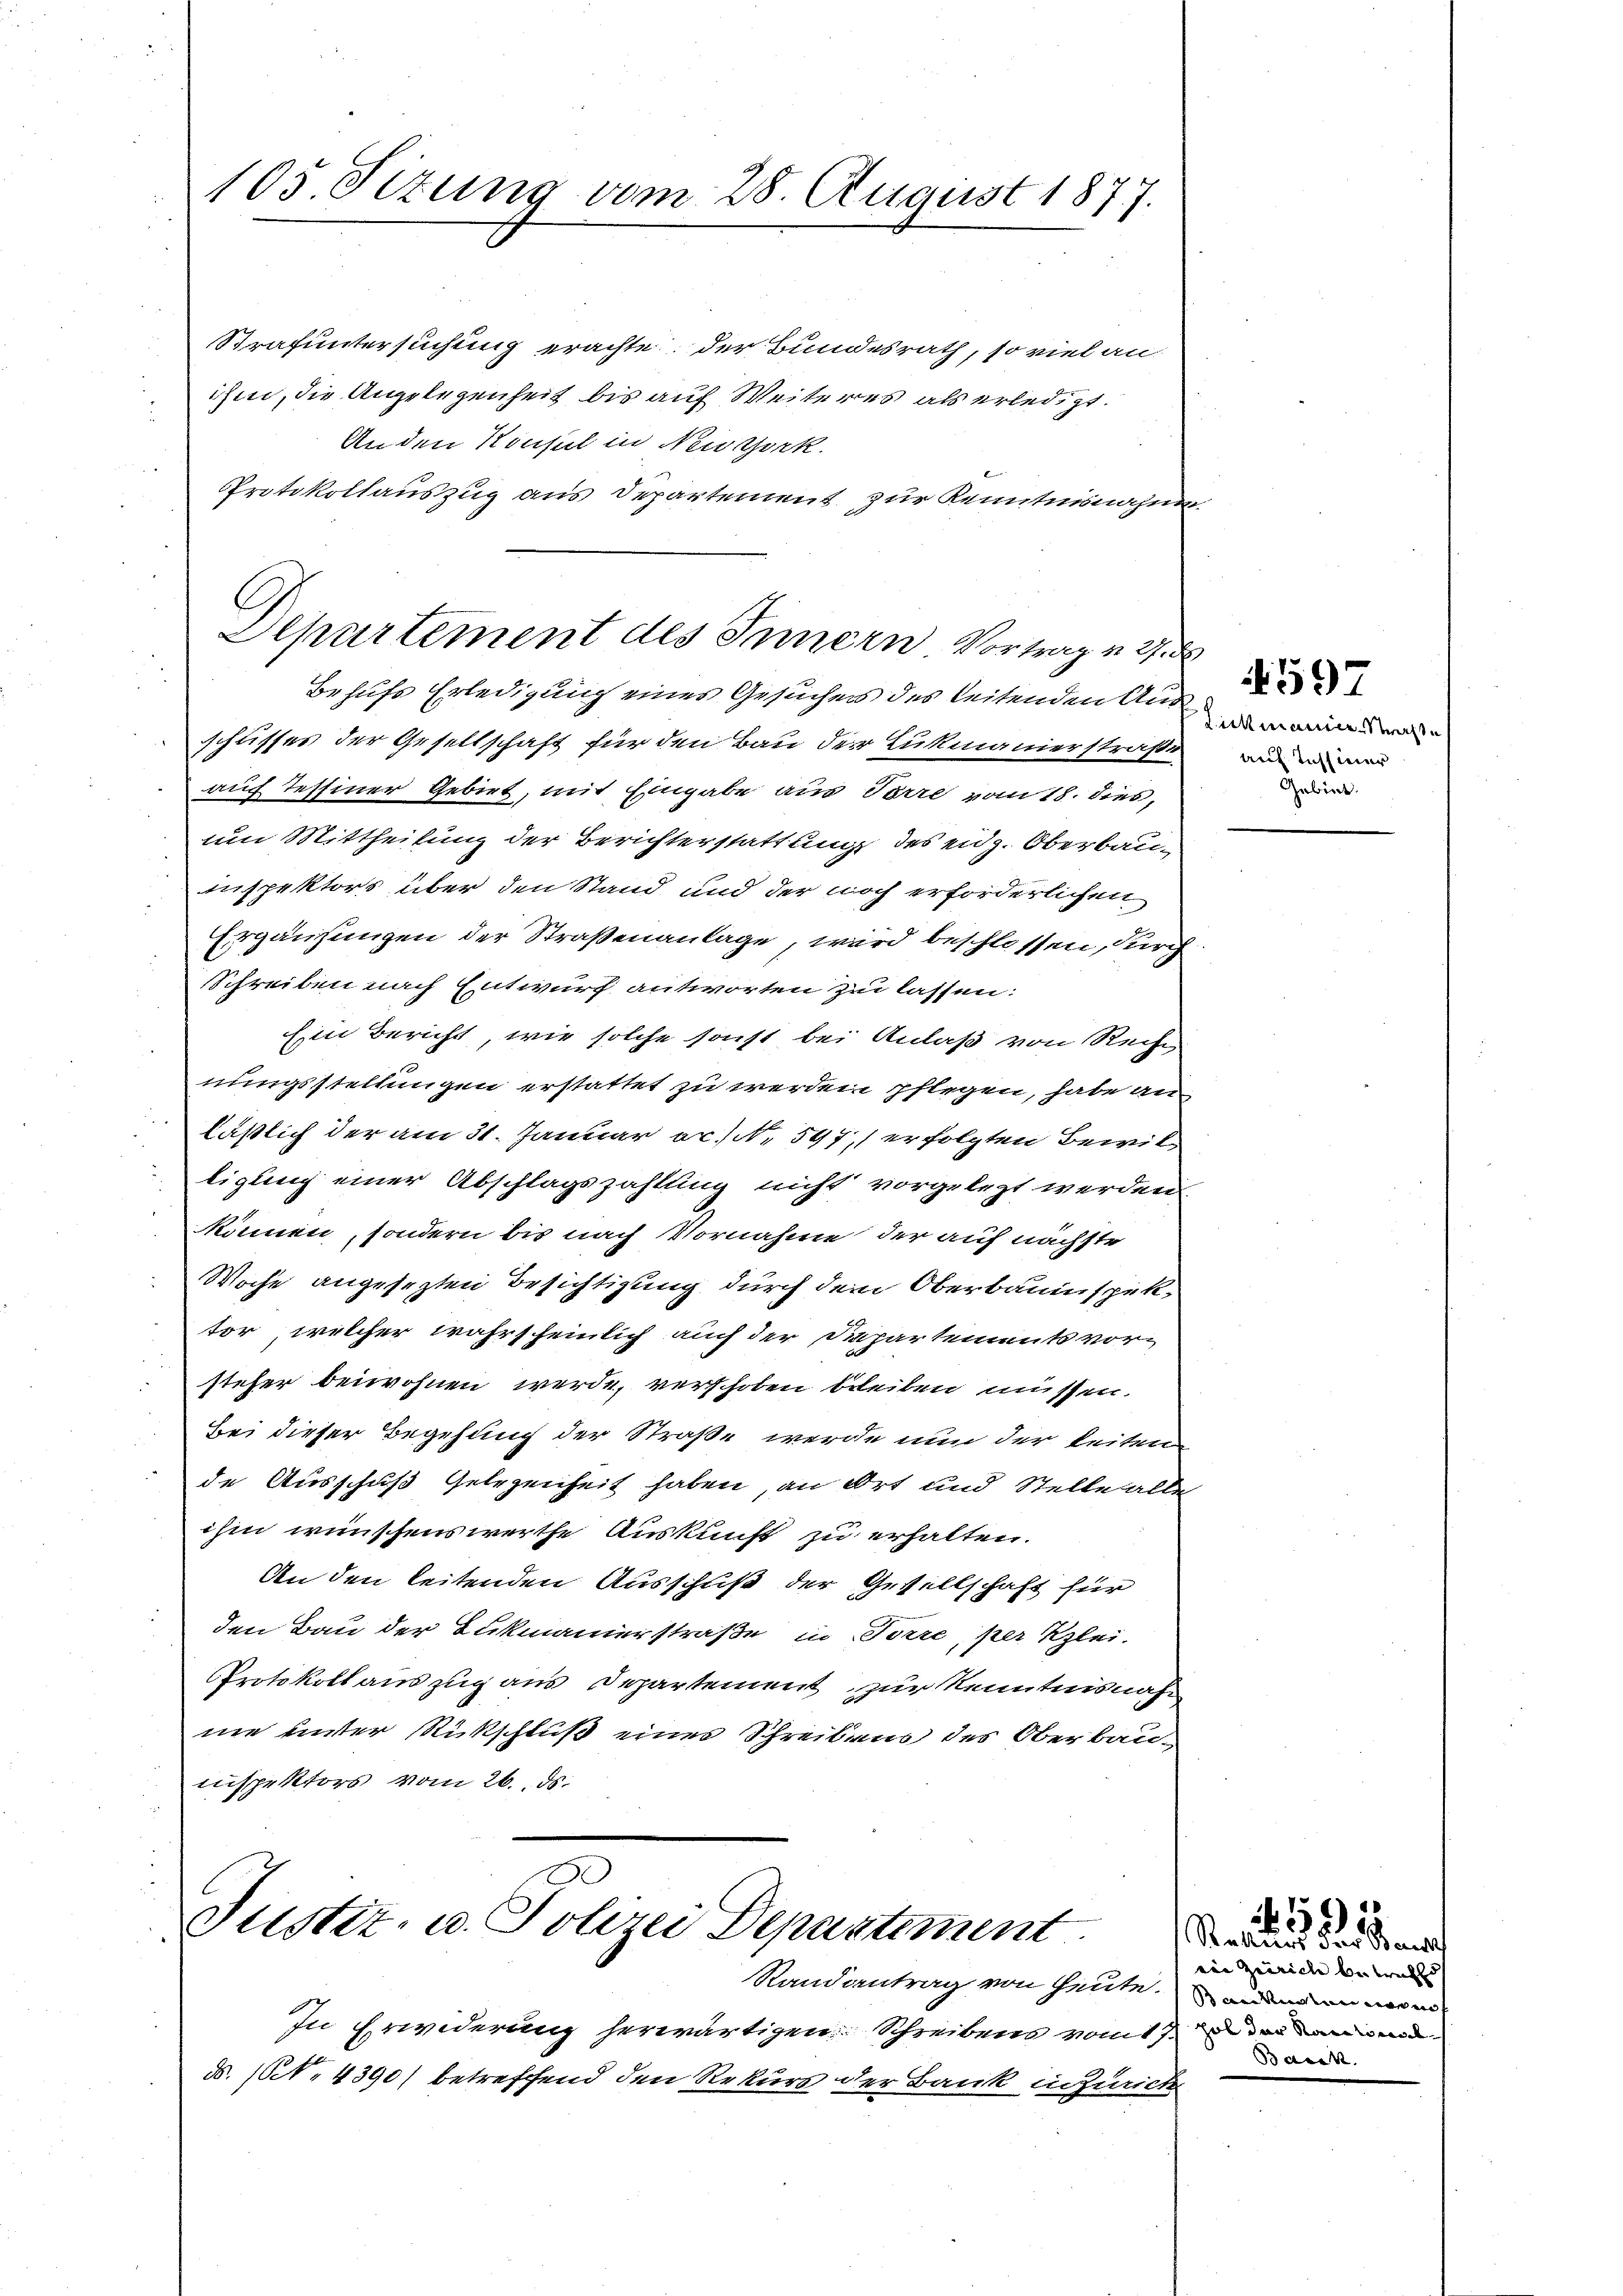
105 Sizung vom 28. August 1877.

Strafuntersuchung erachte, der Bundesrath, so viel an
ihm, die Angelegenheit bis auf Weiteres als erledigt.
An den Konsul in Neidsork.
Protokollauszug aus Departement zur Kenntnisnahme.

Separtement des Innern Vortrag u. 27. d
Behufs Erledigung eines Gesuchen des leitenden Au¬

schlisses der Gesellschaft für den Bau der Lukmanierstraße
auch Tessiner Gebiet, mit Eingabe aus Torre vom 18. dies,
um Mittheilung der Berichterstattung des eidg. Oberbauinspektors über den Stand und der noch erforderlichen
Ergausungen der Straßenanlage, wird beschlossen, durch
Schreiben nach Entwurf antworten zu lassen:
Ein Bericht, wie solche sonst bei Anlaß von Recht
nungsstellungen erstattet zu werden pflegen, habe an
läßlich der am 31. Januar ec. N. 597, erfolgten Bewilligung einer Abschlagszahlung nicht vorgelegt werden.
können, sondern bis nach Vornahme der auf nächste
Woche angesezten Besichtigung durch dem Oberbauinspektor, welcher wahrscheinlich auch der Departements vorsteher beiwohnen werde, verschoben bleiben müssen.
Bei dieser Begehung der Straße werde nun der keiten
de Ausschuß Gelegenheit haben, an Ort und Stelle alle
ihm wünschenswerthe Auskunft zu erhalten.
An den leitenden Ausschuß der Gesellschaft für
den Bau der Bukmanierstraße in Forre, per Klei-
Protokoll auszug aus Departement zur Kenntnisnahne unter Rückschluß eines Schreibens des Oberbau-
inspektors vom 26. ds.

.
Justiz- u. Polizei Departement

Randantrag von heute. minden wo i
In Erwiderung herwärtigen Schreibens vom
S. 10. 4390) betreffend den Rekurs der Bank in Zürich

Sickmanier-Straße
au Instiner
Gebiet.

597

Rekurs der Baut
ain Gerich bewill
Barck.

1591